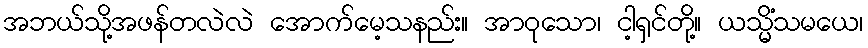
အဘယ်သို့အဖန်တလဲလဲ အောက်မေ့သနည်း။ အာဝုသော၊ ငါ့ရှင်တို့။ ယသ္မိံသမယေ၊